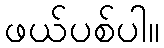
ဖယ်ပစ်ပါ။